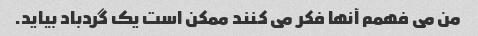
من می فهمم آنها فکر می کنند ممکن است یک گردباد بیاید.